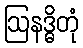
ဩနဒ္ဓိတုံ